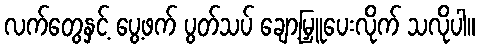
လက်တွေနှင့် ပွေ့ဖက် ပွတ်သပ် ချော့မြှူပေးလိုက် သလိုပါ။